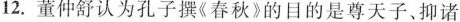
12.董仲舒认为孔子撰《春秋》的目的是尊天子、抑诸